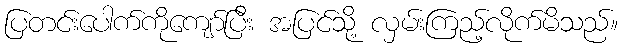
ပြတင်းပေါက်ကိုကျော်ပြီး အပြင်သို့ လှမ်းကြည့်လိုက်မိသည်။